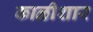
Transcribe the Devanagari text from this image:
काळीशार